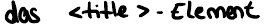
das <title> - Element